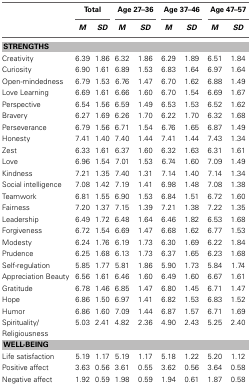
<table><thead><tr><td></td><td colspan="2"><b>Total</b></td><td colspan="2"><b>Age 27–36</b></td><td colspan="2"><b>Age 37–46</b></td><td colspan="2"><b>Age 47–57</b></td></tr><tr><td></td><td><b><i>M</i></b></td><td><b><i>SD</i></b></td><td><b><i>M</i></b></td><td><b><i>SD</i></b></td><td><b><i>M</i></b></td><td><b><i>SD</i></b></td><td><b><i>M</i></b></td><td><b><i>SD</i></b></td></tr></thead><tbody><tr><td colspan="9"><b>STRENGTHS</b></td></tr><tr><td>Creativity</td><td>6.39</td><td>1.86</td><td>6.32</td><td>1.86</td><td>6.29</td><td>1.89</td><td>6.51</td><td>1.84</td></tr><tr><td>Curiosity</td><td>6.90</td><td>1.61</td><td>6.89</td><td>1.53</td><td>6.83</td><td>1.64</td><td>6.97</td><td>1.64</td></tr><tr><td>Open-mindedness</td><td>6.79</td><td>1.53</td><td>6.76</td><td>1.47</td><td>6.70</td><td>1.62</td><td>6.88</td><td>1.49</td></tr><tr><td>Love Learning</td><td>6.69</td><td>1.61</td><td>6.66</td><td>1.60</td><td>6.70</td><td>1.54</td><td>6.69</td><td>1.67</td></tr><tr><td>Perspective</td><td>6.54</td><td>1.56</td><td>6.59</td><td>1.49</td><td>6.53</td><td>1.53</td><td>6.52</td><td>1.62</td></tr><tr><td>Bravery</td><td>6.27</td><td>1.69</td><td>6.26</td><td>1.70</td><td>6.22</td><td>1.70</td><td>6.32</td><td>1.68</td></tr><tr><td>Perseverance</td><td>6.79</td><td>1.56</td><td>6.71</td><td>1.54</td><td>6.76</td><td>1.65</td><td>6.87</td><td>1.49</td></tr><tr><td>Honesty</td><td>7.41</td><td>1.40</td><td>7.40</td><td>1.44</td><td>7.41</td><td>1.44</td><td>7.43</td><td>1.34</td></tr><tr><td>Zest</td><td>6.33</td><td>1.61</td><td>6.37</td><td>1.60</td><td>6.32</td><td>1.63</td><td>6.31</td><td>1.61</td></tr><tr><td>Love</td><td>6.96</td><td>1.54</td><td>7.01</td><td>1.53</td><td>6.74</td><td>1.60</td><td>7.09</td><td>1.49</td></tr><tr><td>Kindness</td><td>7.21</td><td>1.35</td><td>7.40</td><td>1.31</td><td>7.14</td><td>1.40</td><td>7.14</td><td>1.34</td></tr><tr><td>Social intelligence</td><td>7.08</td><td>1.42</td><td>7.19</td><td>1.41</td><td>6.98</td><td>1.48</td><td>7.08</td><td>1.38</td></tr><tr><td>Teamwork</td><td>6.81</td><td>1.55</td><td>6.90</td><td>1.53</td><td>6.84</td><td>1.51</td><td>6.72</td><td>1.60</td></tr><tr><td>Fairness</td><td>7.20</td><td>1.37</td><td>7.15</td><td>1.39</td><td>7.21</td><td>1.38</td><td>7.22</td><td>1.35</td></tr><tr><td>Leadership</td><td>6.49</td><td>1.72</td><td>6.48</td><td>1.64</td><td>6.46</td><td>1.82</td><td>6.53</td><td>1.68</td></tr><tr><td>Forgiveness</td><td>6.72</td><td>1.54</td><td>6.69</td><td>1.47</td><td>6.68</td><td>1.62</td><td>6.77</td><td>1.53</td></tr><tr><td>Modesty</td><td>6.24</td><td>1.76</td><td>6.19</td><td>1.73</td><td>6.30</td><td>1.69</td><td>6.22</td><td>1.84</td></tr><tr><td>Prudence</td><td>6.25</td><td>1.68</td><td>6.13</td><td>1.73</td><td>6.37</td><td>1.65</td><td>6.23</td><td>1.68</td></tr><tr><td>Self-regulation</td><td>5.85</td><td>1.77</td><td>5.81</td><td>1.86</td><td>5.90</td><td>1.73</td><td>5.84</td><td>1.74</td></tr><tr><td>Appreciation Beauty</td><td>6.56</td><td>1.61</td><td>6.46</td><td>1.60</td><td>6.49</td><td>1.60</td><td>6.67</td><td>1.61</td></tr><tr><td>Gratitude</td><td>6.78</td><td>1.46</td><td>6.85</td><td>1.47</td><td>6.80</td><td>1.45</td><td>6.71</td><td>1.47</td></tr><tr><td>Hope</td><td>6.86</td><td>1.50</td><td>6.97</td><td>1.41</td><td>6.82</td><td>1.53</td><td>6.83</td><td>1.52</td></tr><tr><td>Humor</td><td>6.86</td><td>1.60</td><td>7.09</td><td>1.44</td><td>6.87</td><td>1.57</td><td>6.71</td><td>1.69</td></tr><tr><td>Spirituality/Religiousness</td><td>5.03</td><td>2.41</td><td>4.82</td><td>2.36</td><td>4.90</td><td>2.43</td><td>5.25</td><td>2.40</td></tr><tr><td colspan="9"><b>WELL-BEING</b></td></tr><tr><td>Life satisfaction</td><td>5.19</td><td>1.17</td><td>5.19</td><td>1.17</td><td>5.18</td><td>1.22</td><td>5.20</td><td>1.12</td></tr><tr><td>Positive affect</td><td>3.63</td><td>0.56</td><td>3.61</td><td>0.55</td><td>3.62</td><td>0.56</td><td>3.64</td><td>0.58</td></tr><tr><td>Negative affect</td><td>1.92</td><td>0.59</td><td>1.98</td><td>0.59</td><td>1.94</td><td>0.61</td><td>1.87</td><td>0.58</td></tr></tbody></table>